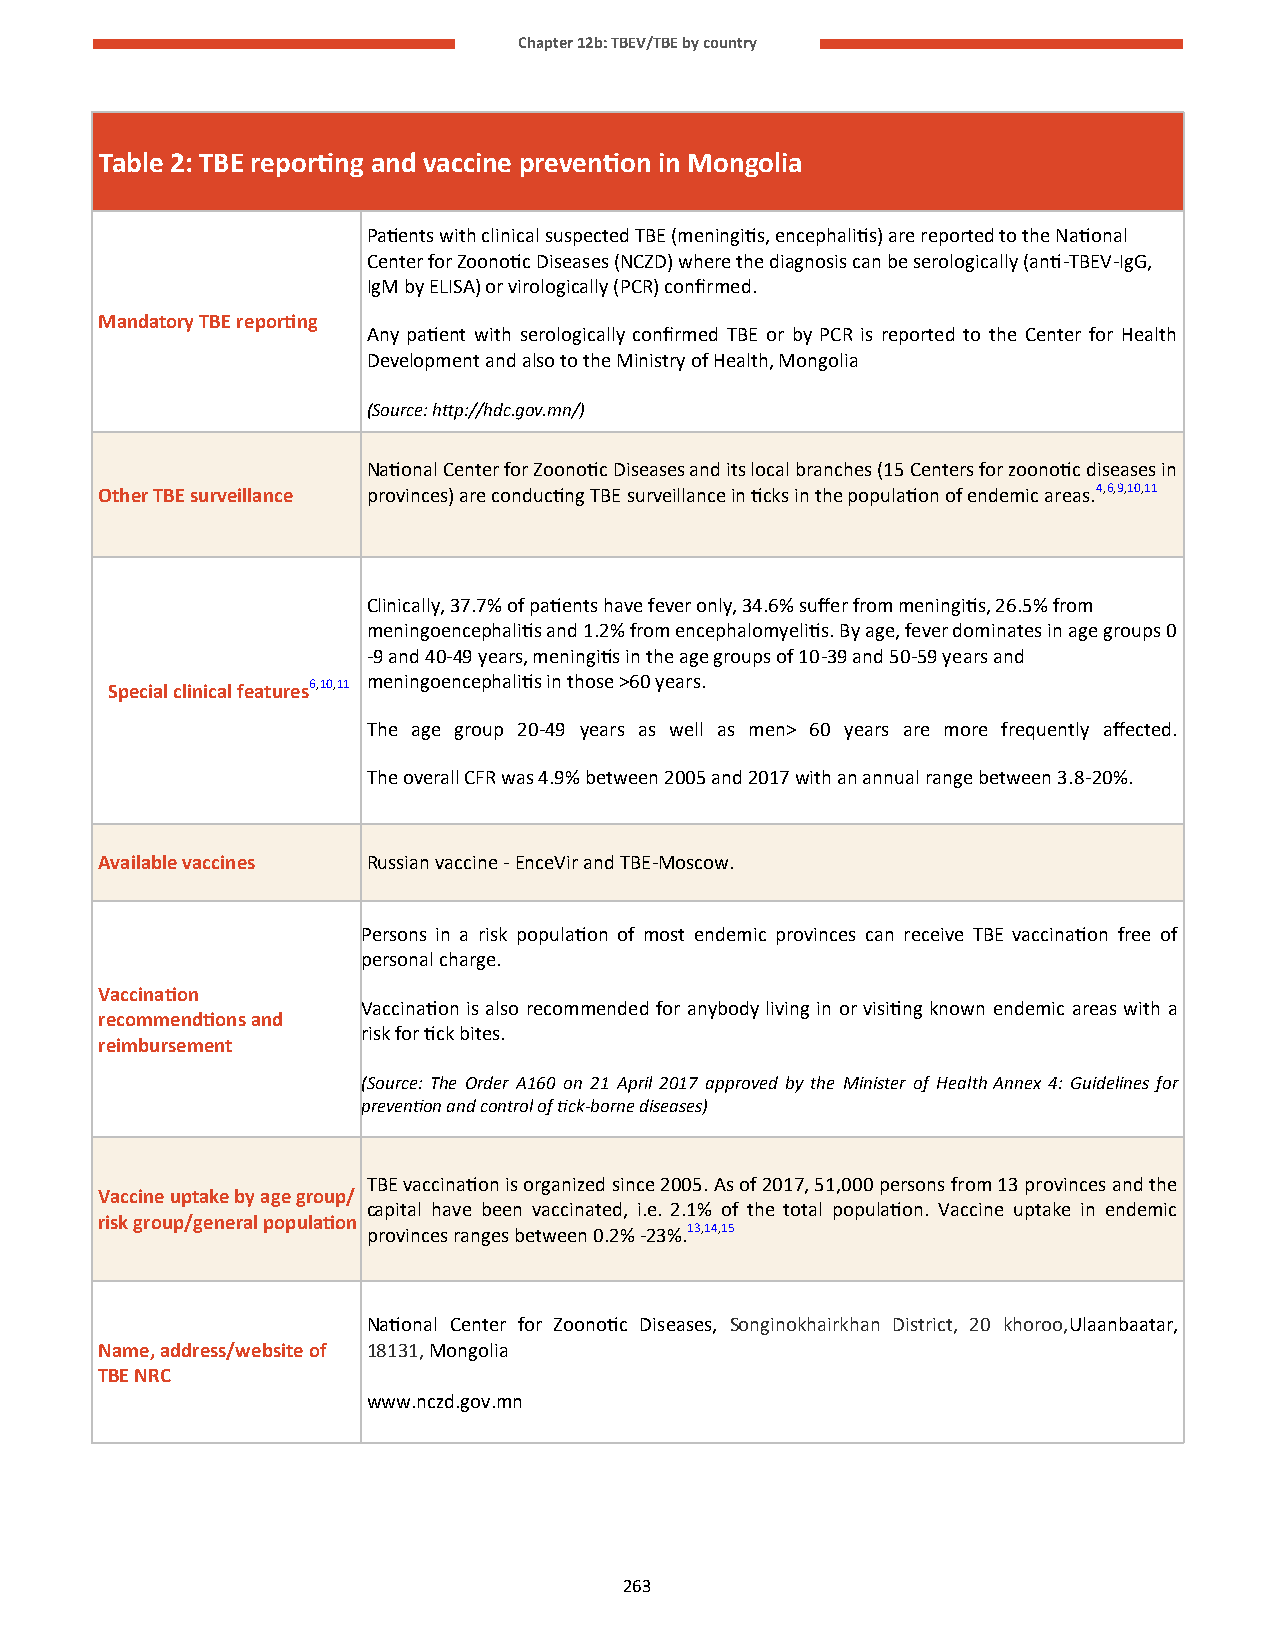
Chapter 12b: TBEV/TBE by country
 Table 2: TBE reporting and vaccine prevention in Mongolia
 Patients with clinical suspected TBE (meningitis, encephalitis) are reported to the National
 Center for Zoonotic Diseases (NCZD) where the diagnosis can be serologically (anti-TBEV-IgG,
 IgM by ELISA) or virologically (PCR) confirmed.
 Mandatory TBE reporting
 Any patient with serologically confirmed TBE or by PCR is reported to the Center for Health
 Development and also to the Ministry of Health, Mongolia
 (Source: http://hdc.gov.mn/)
 National Center for Zoonotic Diseases and its local branches (15 Centers for zoonotic diseases in
 Other TBE surveillance provinces) are conducting TBE surveillance in ticks in the population of endemic areas.4,6,9,10,11
 Clinically, 37.7% of patients have fever only, 34.6% suffer from meningitis, 26.5% from
 meningoencephalitis and 1.2% from encephalomyelitis. By age, fever dominates in age groups 0
 -9 and 40-49 years, meningitis in the age groups of 10-39 and 50-59 years and
 Special clinical features6,10,11 meningoencephalitis in those >60 years.
 The age group 20-49 years as well as men> 60 years are more frequently affected.
 The overall CFR was 4.9% between 2005 and 2017 with an annual range between 3.8-20%.
 Available vaccines Russian vaccine - EnceVir and TBE-Moscow.
 Persons in a risk population of most endemic provinces can receive TBE vaccination free of
 personal charge.
 Vaccination
 Vaccination is also recommended for anybody living in or visiting known endemic areas with a
 recommendtions and
 risk for tick bites.
 reimbursement
 (Source: The Order A160 on 21 April 2017 approved by the Minister of Health Annex 4: Guidelines for
 prevention and control of tick-borne diseases)
 TBE vaccination is organized since 2005. As of 2017, 51,000 persons from 13 provinces and the
 Vaccine uptake by age group/
 capital have been vaccinated, i.e. 2.1% of the total population. Vaccine uptake in endemic
 risk group/general population
 provinces ranges between 0.2% -23%.13,14,15
 National Center for Zoonotic Diseases, Songinokhairkhan District, 20 khoroo,Ulaanbaatar,
 Name, address/website of 18131, Mongolia
 TBE NRC
 www.nczd.gov.mn
 263